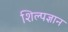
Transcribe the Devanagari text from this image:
शिल्पज्ञान